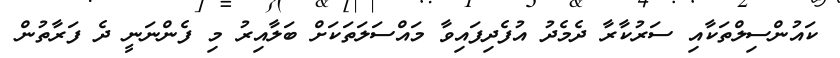
ކައުންސިލްތަކާއި ސަރުކާރާ ދެމެދު އުފެދިފައިވާ މައްސަލަތަކަށް ބަލާއިރު މި ފެންނަނީ ދެ ފަރާތުން